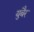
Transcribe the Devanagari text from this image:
युबैर